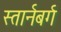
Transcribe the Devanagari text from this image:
स्तार्नबर्ग